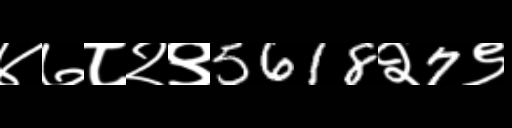
Text: ४७८२९5618२7९